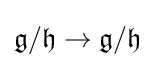
{\mathfrak {g}}/{\mathfrak {h}}\to {\mathfrak {g}}/{\mathfrak {h}}